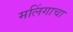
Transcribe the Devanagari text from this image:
मलिंगाचा